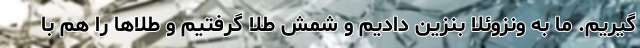
‌گیریم. ما به ونزوئلا بنزین دادیم و شمش طلا گرفتیم و طلاها را هم با